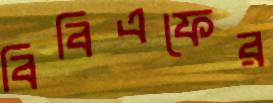
বিবিএফের